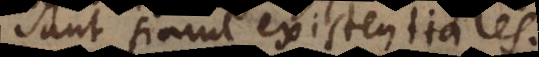
sunt simul existentiales.